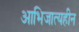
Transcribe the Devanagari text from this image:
आभिजात्यहीन